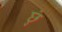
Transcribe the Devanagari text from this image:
छुं